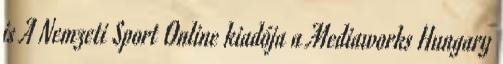
is A Nemzeti Sport Online kiadója a Mediaworks Hungary